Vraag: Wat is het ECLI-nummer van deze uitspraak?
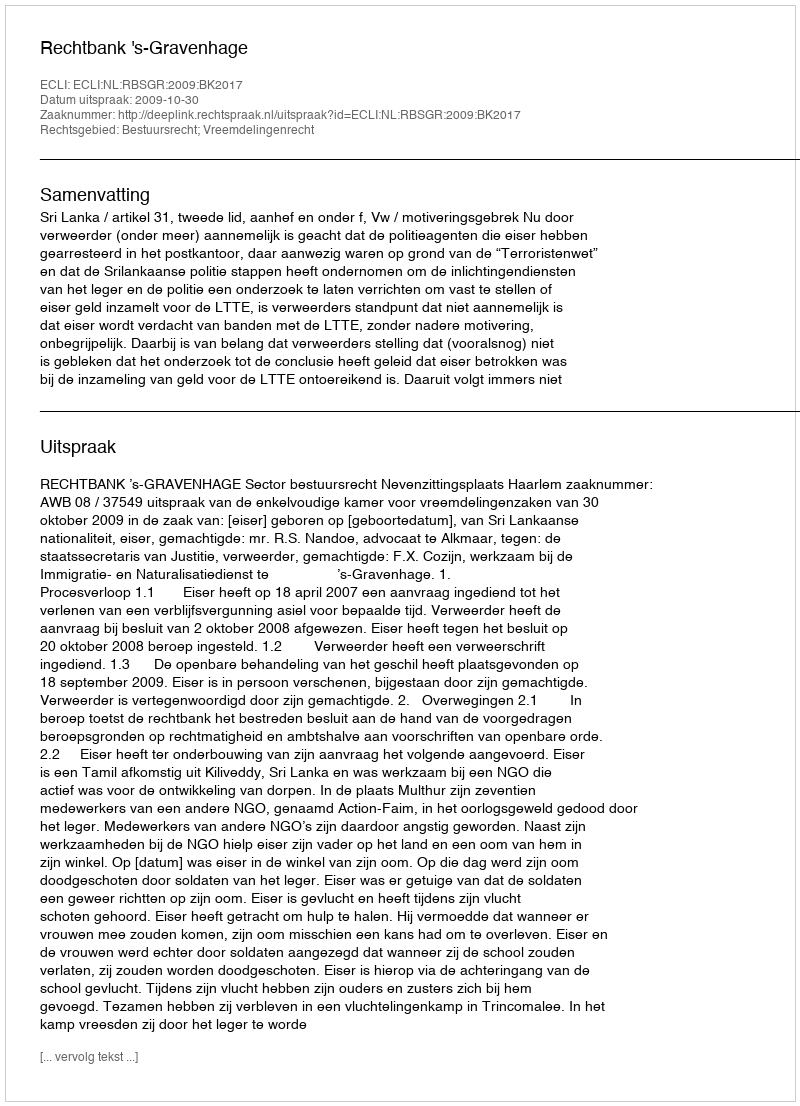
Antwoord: ECLI:NL:RBSGR:2009:BK2017